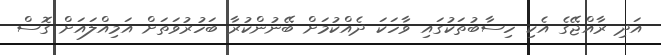
އަދި ރާއްޖޭގެ އެކި ހިސާބުތަކުގައި ވާހަކަ ދެއްކުމަށް ބޭނުންކުރާ ބަހުރުވަތަށް އަމިއްލައަށް ގޮސް